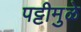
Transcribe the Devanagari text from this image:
पट्टीमुळे